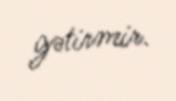
gətirmir.